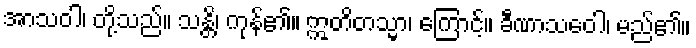
အာသဝါ၊ တို့သည်။ သန္တိ၊ ကုန်၏။ ဣတိတသ္မာ၊ ကြောင့်။ ခီဏာသဝေါ၊ မည်၏။